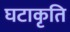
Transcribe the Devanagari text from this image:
घटाकृति